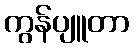
ကွန်ပျူတာ